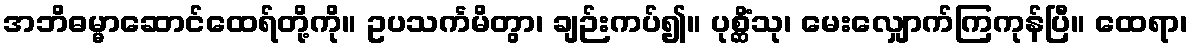
အဘိဓမ္မာဆောင်ထေရ်တို့ကို။ ဥပသင်္ကမိတွာ၊ ချဉ်းကပ်၍။ ပုစ္ဆိံသု၊ မေးလျှောက်ကြကုန်ပြီ။ ထေရာ၊